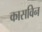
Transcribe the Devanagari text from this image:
कासविन